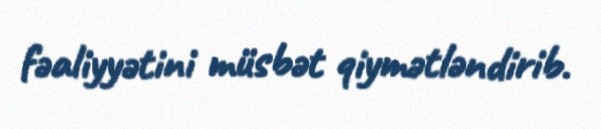
fəaliyyətini müsbət qiymətləndirib.